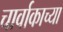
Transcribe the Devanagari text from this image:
चार्वाकाच्या